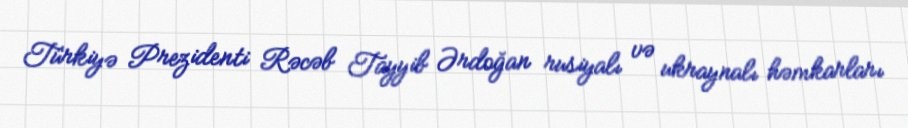
Türkiyə Prezidenti Rəcəb Tayyib Ərdoğan rusiyalı və ukraynalı həmkarları